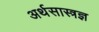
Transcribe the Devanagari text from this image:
अर्थसास्त्रज्ञ